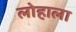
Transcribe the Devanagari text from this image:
लोहाला